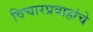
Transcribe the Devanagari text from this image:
विचारप्रवाहांचे